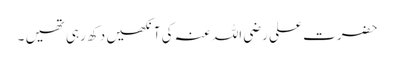
حضرت علی رضی اللہ عنہ کی آنکھیں دکھ رہی تھیں ۔